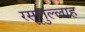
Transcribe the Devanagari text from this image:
रसूलुल्‍लाह